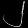
Digit: ၂